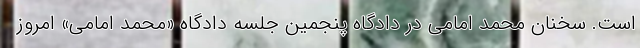
است. سخنان محمد امامی در دادگاه پنجمین جلسه دادگاه «محمد امامی» امروز